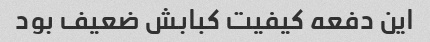
این دفعه کیفیت کبابش ضعیف بود